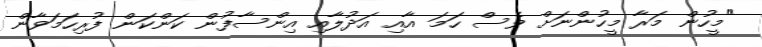
"މީހުން މަރާ މީހުންނަށް ވެސް ހަމަ އާއި އަދުލާއި އިންސާފުން ކަންކަން ފުރިހަމަވާން